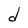
Character: d